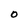
Character: 0